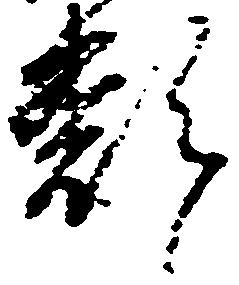
類